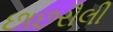
છાછરૌલી